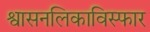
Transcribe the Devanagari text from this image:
श्वासनलिकाविस्फार